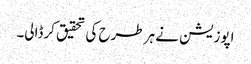
اپوزیشن نے ہر طرح کی تحقیق کرڈالی۔